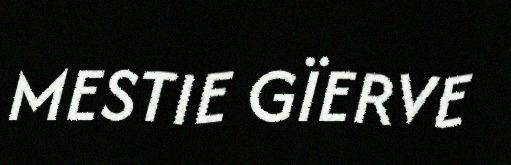
MESTIE GÏERVE